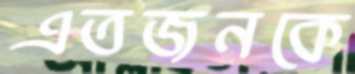
এতজনকে